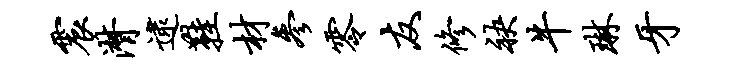
震潸逮鞋材参零友修袂牛琳牙